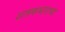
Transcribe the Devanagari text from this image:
शतकभराचा